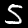
Digit: 5